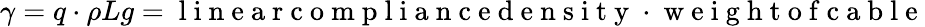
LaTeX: \gamma=q\cdot\rho Lg=\mathrm{~l~i~n~e~a~r~c~o~m~p~l~i~a~n~c~e~d~e~n~s~i~t~y~}\cdot\mathrm{~w~e~i~g~h~t~o~f~c~a~b~l~e~}